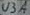
Text: U3A